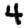
Digit: 4